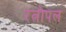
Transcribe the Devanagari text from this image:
रत्नोपल